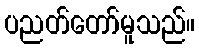
ပညတ်တော်မူသည်။